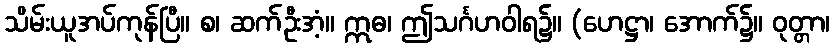
သိမ်းယူအပ်ကုန်ပြီ။ စ၊ ဆက်ဦးအံ့။ ဣဓ၊ ဤသင်္ဂဟဝါရ၌။ (ဟေဋ္ဌာ၊ အောက်၌။ ဝုတ္တာ၊